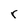
Character: r